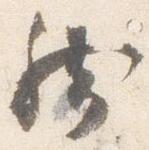
然